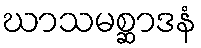
ဃာသမစ္ဆာဒနံ